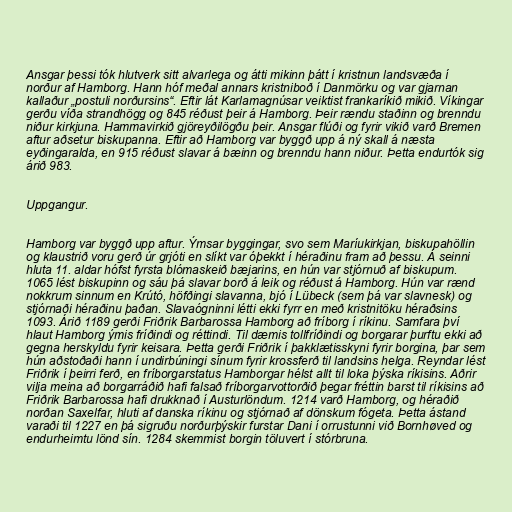
Ansgar þessi tók hlutverk sitt alvarlega og átti mikinn þátt í kristnun landsvæða í
norður af Hamborg. Hann hóf meðal annars kristniboð í Danmörku og var gjarnan
kallaður „postuli norðursins“. Eftir lát Karlamagnúsar veiktist frankaríkið mikið. Víkingar
gerðu víða strandhögg og 845 réðust þeir á Hamborg. Þeir rændu staðinn og brenndu
niður kirkjuna. Hammavirkið gjöreyðilögðu þeir. Ansgar flúði og fyrir vikið varð Bremen
aftur aðsetur biskupanna. Eftir að Hamborg var byggð upp á ný skall á næsta
eyðingaralda, en 915 réðust slavar á bæinn og brenndu hann niður. Þetta endurtók sig
árið 983.

Uppgangur.

Hamborg var byggð upp aftur. Ýmsar byggingar, svo sem Maríukirkjan, biskupahöllin
og klaustrið voru gerð úr grjóti en slíkt var óþekkt í héraðinu fram að þessu. Á seinni
hluta 11. aldar hófst fyrsta blómaskeið bæjarins, en hún var stjórnuð af biskupum.
1065 lést biskupinn og sáu þá slavar borð á leik og réðust á Hamborg. Hún var rænd
nokkrum sinnum en Krútó, höfðingi slavanna, bjó í Lübeck (sem þá var slavnesk) og
stjórnaði héraðinu þaðan. Slavaógninni létti ekki fyrr en með kristnitöku héraðsins
1093. Árið 1189 gerði Friðrik Barbarossa Hamborg að fríborg í ríkinu. Samfara því
hlaut Hamborg ýmis fríðindi og réttindi. Til dæmis tollfríðindi og borgarar þurftu ekki að
gegna herskyldu fyrir keisara. Þetta gerði Friðrik í þakklætisskyni fyrir borgina, þar sem
hún aðstoðaði hann í undirbúningi sínum fyrir krossferð til landsins helga. Reyndar lést
Friðrik í þeirri ferð, en fríborgarstatus Hamborgar hélst allt til loka þýska ríkisins. Aðrir
vilja meina að borgarráðið hafi falsað fríborgarvottorðið þegar fréttin barst til ríkisins að
Friðrik Barbarossa hafi drukknað í Austurlöndum. 1214 varð Hamborg, og héraðið
norðan Saxelfar, hluti af danska ríkinu og stjórnað af dönskum fógeta. Þetta ástand
varaði til 1227 en þá sigruðu norðurþýskir furstar Dani í orrustunni við Bornhøved og
endurheimtu lönd sín. 1284 skemmist borgin töluvert í stórbruna.